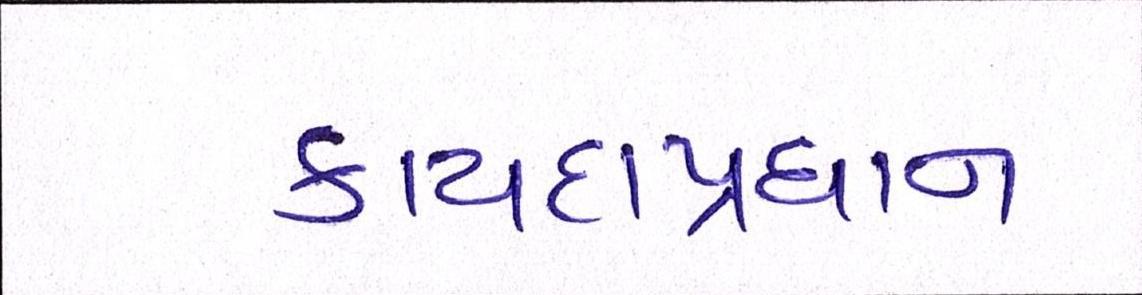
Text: કાયદાપ્રધાન